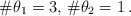
LaTeX: \begin{align*}\#\theta_1=3,\,\#\theta_2=1\,.\end{align*}